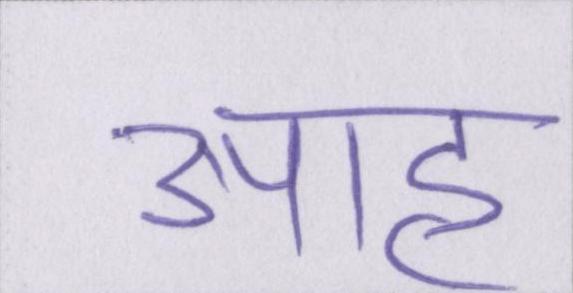
आह